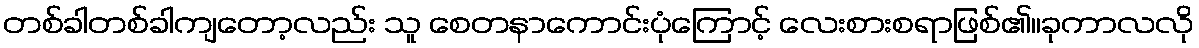
တစ်ခါတစ်ခါကျတော့လည်း သူ စေတနာကောင်းပုံကြောင့် လေးစားစရာဖြစ်၏။ခုကာလလို